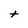
Character: t